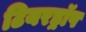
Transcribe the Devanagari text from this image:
टियरड्रॉप